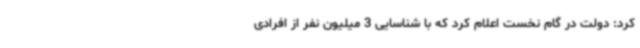
کرد: دولت در گام نخست اعلام کرد که با شناسایی 3 میلیون نفر از افرادی